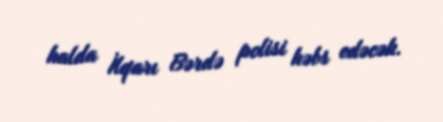
halda İlqarı Bərdə polisi həbs edəcək.